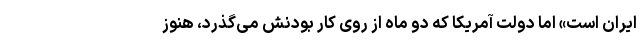
ایران است» اما دولت آمریکا که دو ماه از روی کار بودنش می‌گذرد، هنوز